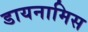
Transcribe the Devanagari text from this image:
डायनामिस